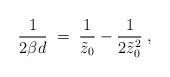
LaTeX: \begin{align*}{1\over 2\beta d}\;=\; {1\over \tilde{z}_0}-{1\over 2\tilde{z}_0^2}\;,\end{align*}